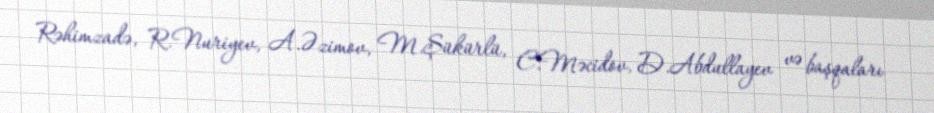
Rəhimzadə, R.Nuriyev, A.Əzimov, M.Şükürlü, C.Məcidov, D.Abdullayev və başqaları